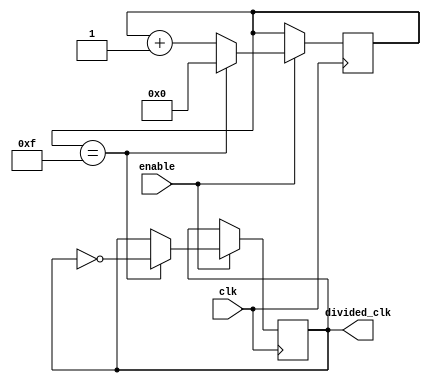
module clock_divider(
    input wire clk,
    input wire enable,
    output wire divided_clk
);

reg [3:0] count;
reg output_reg;

always @(posedge clk) begin
    if (enable) begin
        if (count == 4'b1111) begin
            count <= 4'b0000;
            output_reg <= ~output_reg;
        end else begin
            count <= count + 1;
        end
    end
end

assign divided_clk = output_reg;

endmodule